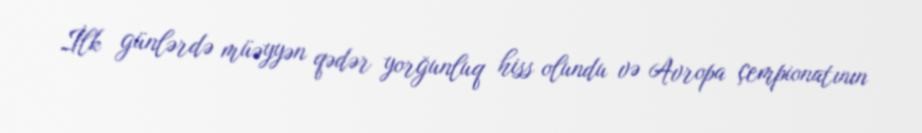
İlk günlərdə müəyyən qədər yorğunluq hiss olundu və Avropa çempionatının